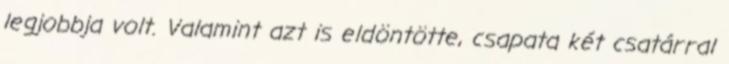
legjobbja volt. Valamint azt is eldöntötte, csapata két csatárral